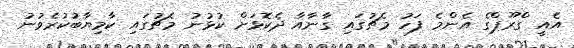
އެއީ ގްރޫޕްގެ އެންމެ ފަހު މެޗުގައި ގާނާއާ ދެކޮޅަށް ކުޅުނު މެޗުގައި ކާމިޔާބުކުރެވުނު